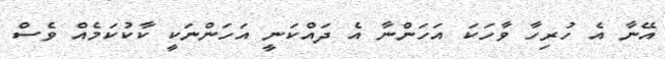
އޭނާ އެ ހުރިހާ ވާހަކަ އަހަންނާ އެ ދައްކަނީ އަހަންނަކީ ކާކުކަމެއް ވެސް